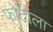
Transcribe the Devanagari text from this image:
फोटोला